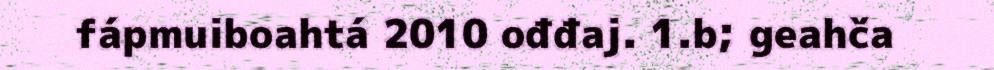
fápmuiboahtá 2010 ođđaj. 1.b; geahča